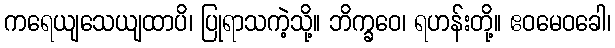
ကရေယျသေယျထာပိ၊ ပြုရာသကဲ့သို့။ ဘိက္ခဝေ၊ ရဟန်းတို့။ ဧဝမေဝခေါ၊